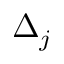
\Delta _ { j }